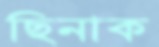
ছিনাক